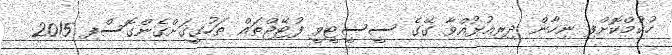
ހުކުމްކޮށްފި ނިހާން ދިރިއުޅުއްވާ ގޭގެ ސީސީޓީވީ ފުޓޭޖްތައް ތަހުގީގަށްގެންގޮސްފި 2015